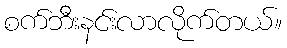
စက်ဘီးနင်းလာလိုက်တယ်။